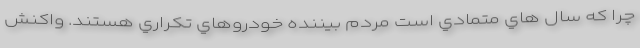
چرا كه سال هاي متمادي است مردم بيننده خودروهاي تكراري هستند. واکنش